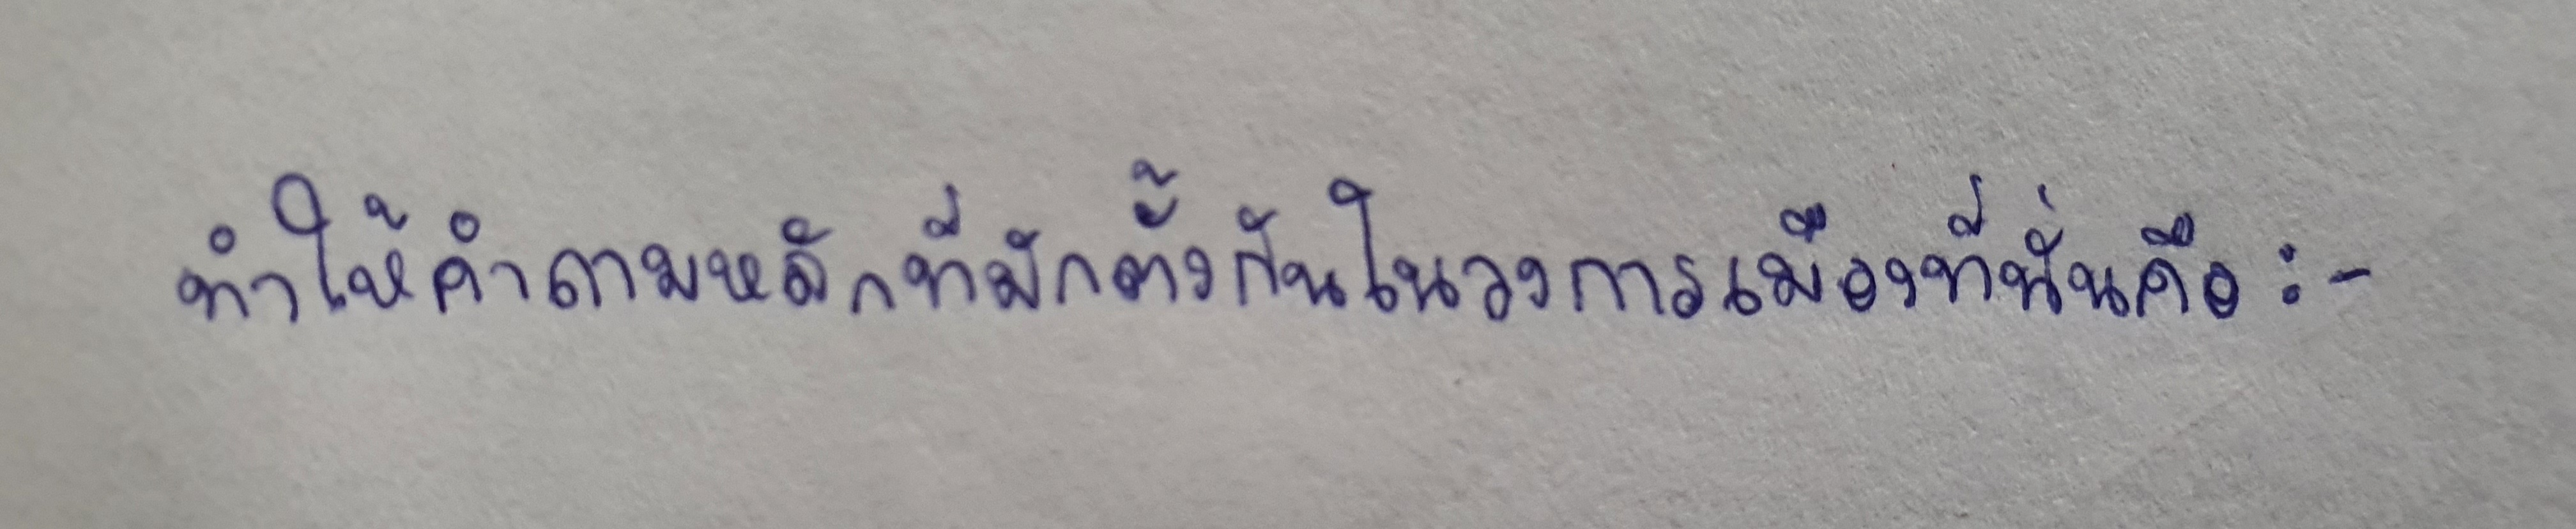
ทำให้คำถามหลักที่มักตั้งกันในวงการเมืองที่นั่นคือ:-